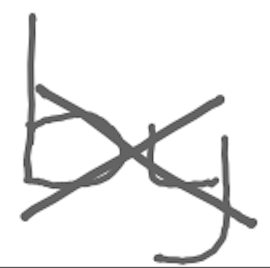
Text: by
Cross-out: cross
Writing tool: digital_gray